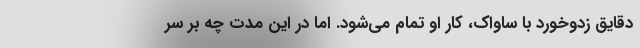
دقایق زدوخورد با ساواک، کار او تمام می‌شود. اما در این مدت چه بر سر